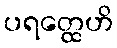
ပရတ္ထေဟိ